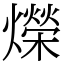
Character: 爃